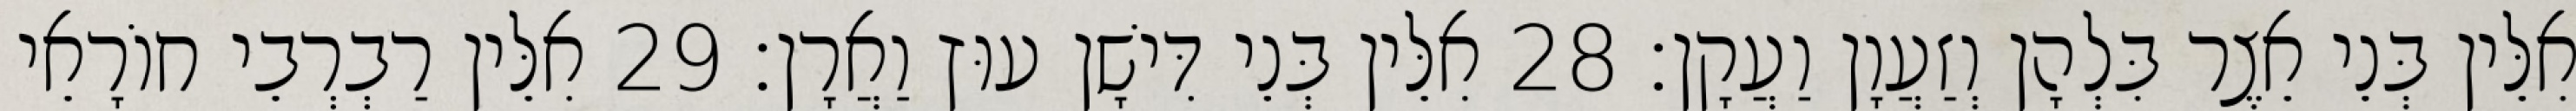
אִלֵּין בְּנֵי אֵצֶר בִּלְהָן וְזַעֲוָן וַעֲקָן׃ 28 אִלֵּין בְּנֵי דִּישָׁן עוּץ וַאֲרָן׃ 29 אִלֵּין רַבְרְבֵי חוֹרָאֵי